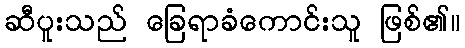
ဆီပူးသည် ခြေရာခံကောင်းသူ ဖြစ်၏။